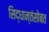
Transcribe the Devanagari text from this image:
सिद्धान्तंसोबत